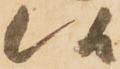
候